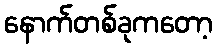
နောက်တစ်ခုကတော့